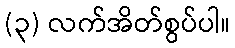
(၃) လက်အိတ်စွပ်ပါ။